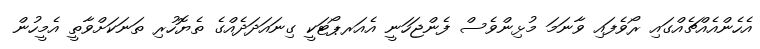
އެހެންއެއްޗެއްގައި ރޯވެފައި ވާނަމަ މުޅިންވެސް ފެންޖަހަނީ އެއަރޕޯޓަކީ ގިނައަދަދެއްގެ ތެޔޮހުރި ތަނަކަށްވާތީ އެމީހުން